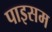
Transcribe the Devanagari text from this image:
पाइसम